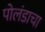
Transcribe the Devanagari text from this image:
पोलंडाचा